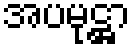
အပမုဋ္ဌာ